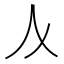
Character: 𠆥